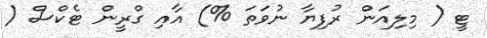
ޓީ ( މިލިއަން ރުފިޔާ ނުވަތަ %) އާއި ގްރީން ޓެކްސް (